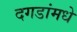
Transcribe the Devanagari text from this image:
दगडांमधे